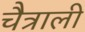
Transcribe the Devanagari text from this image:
चैत्राली